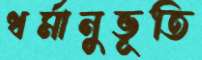
ধর্মানুভূতি